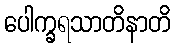
ပေါက္ခရသာတိနာတိ